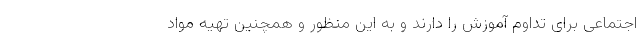
اجتماعی برای تداوم آموزش را دارند و به این منظور و همچنین تهیه مواد